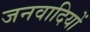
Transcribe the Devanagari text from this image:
जनवादियों